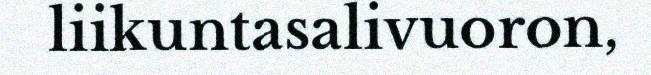
liikuntasalivuoron,